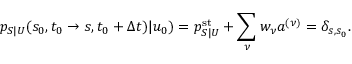
p _ { S | U } ( s _ { 0 } , t _ { 0 } \to s , t _ { 0 } + \Delta t ) | u _ { 0 } ) = p _ { S | U } ^ { \mathrm { s t } } + \sum _ { \nu } w _ { \nu } a ^ { ( \nu ) } = \delta _ { s , s _ { 0 } } .